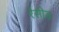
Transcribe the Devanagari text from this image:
रेसीड